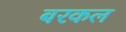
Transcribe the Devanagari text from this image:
बरकल